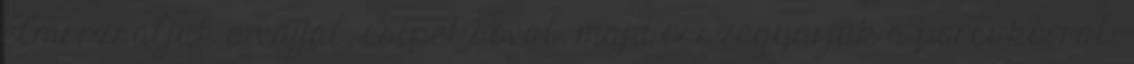
elmorzsáljuk a vajjal, csipet sóval, majd összegyúrjuk a porcukorral,